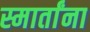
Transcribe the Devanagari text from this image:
स्मार्तांना